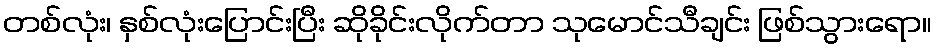
တစ်လုံး၊ နှစ်လုံးပြောင်းပြီး ဆိုခိုင်းလိုက်တာ သုမောင်သီချင်း ဖြစ်သွားရော။